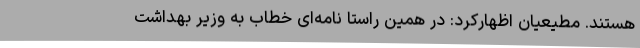
هستند. مطیعیان اظهارکرد: در همین راستا نامه‌ای خطاب به وزیر بهداشت